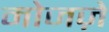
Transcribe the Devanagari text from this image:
मोजज़े